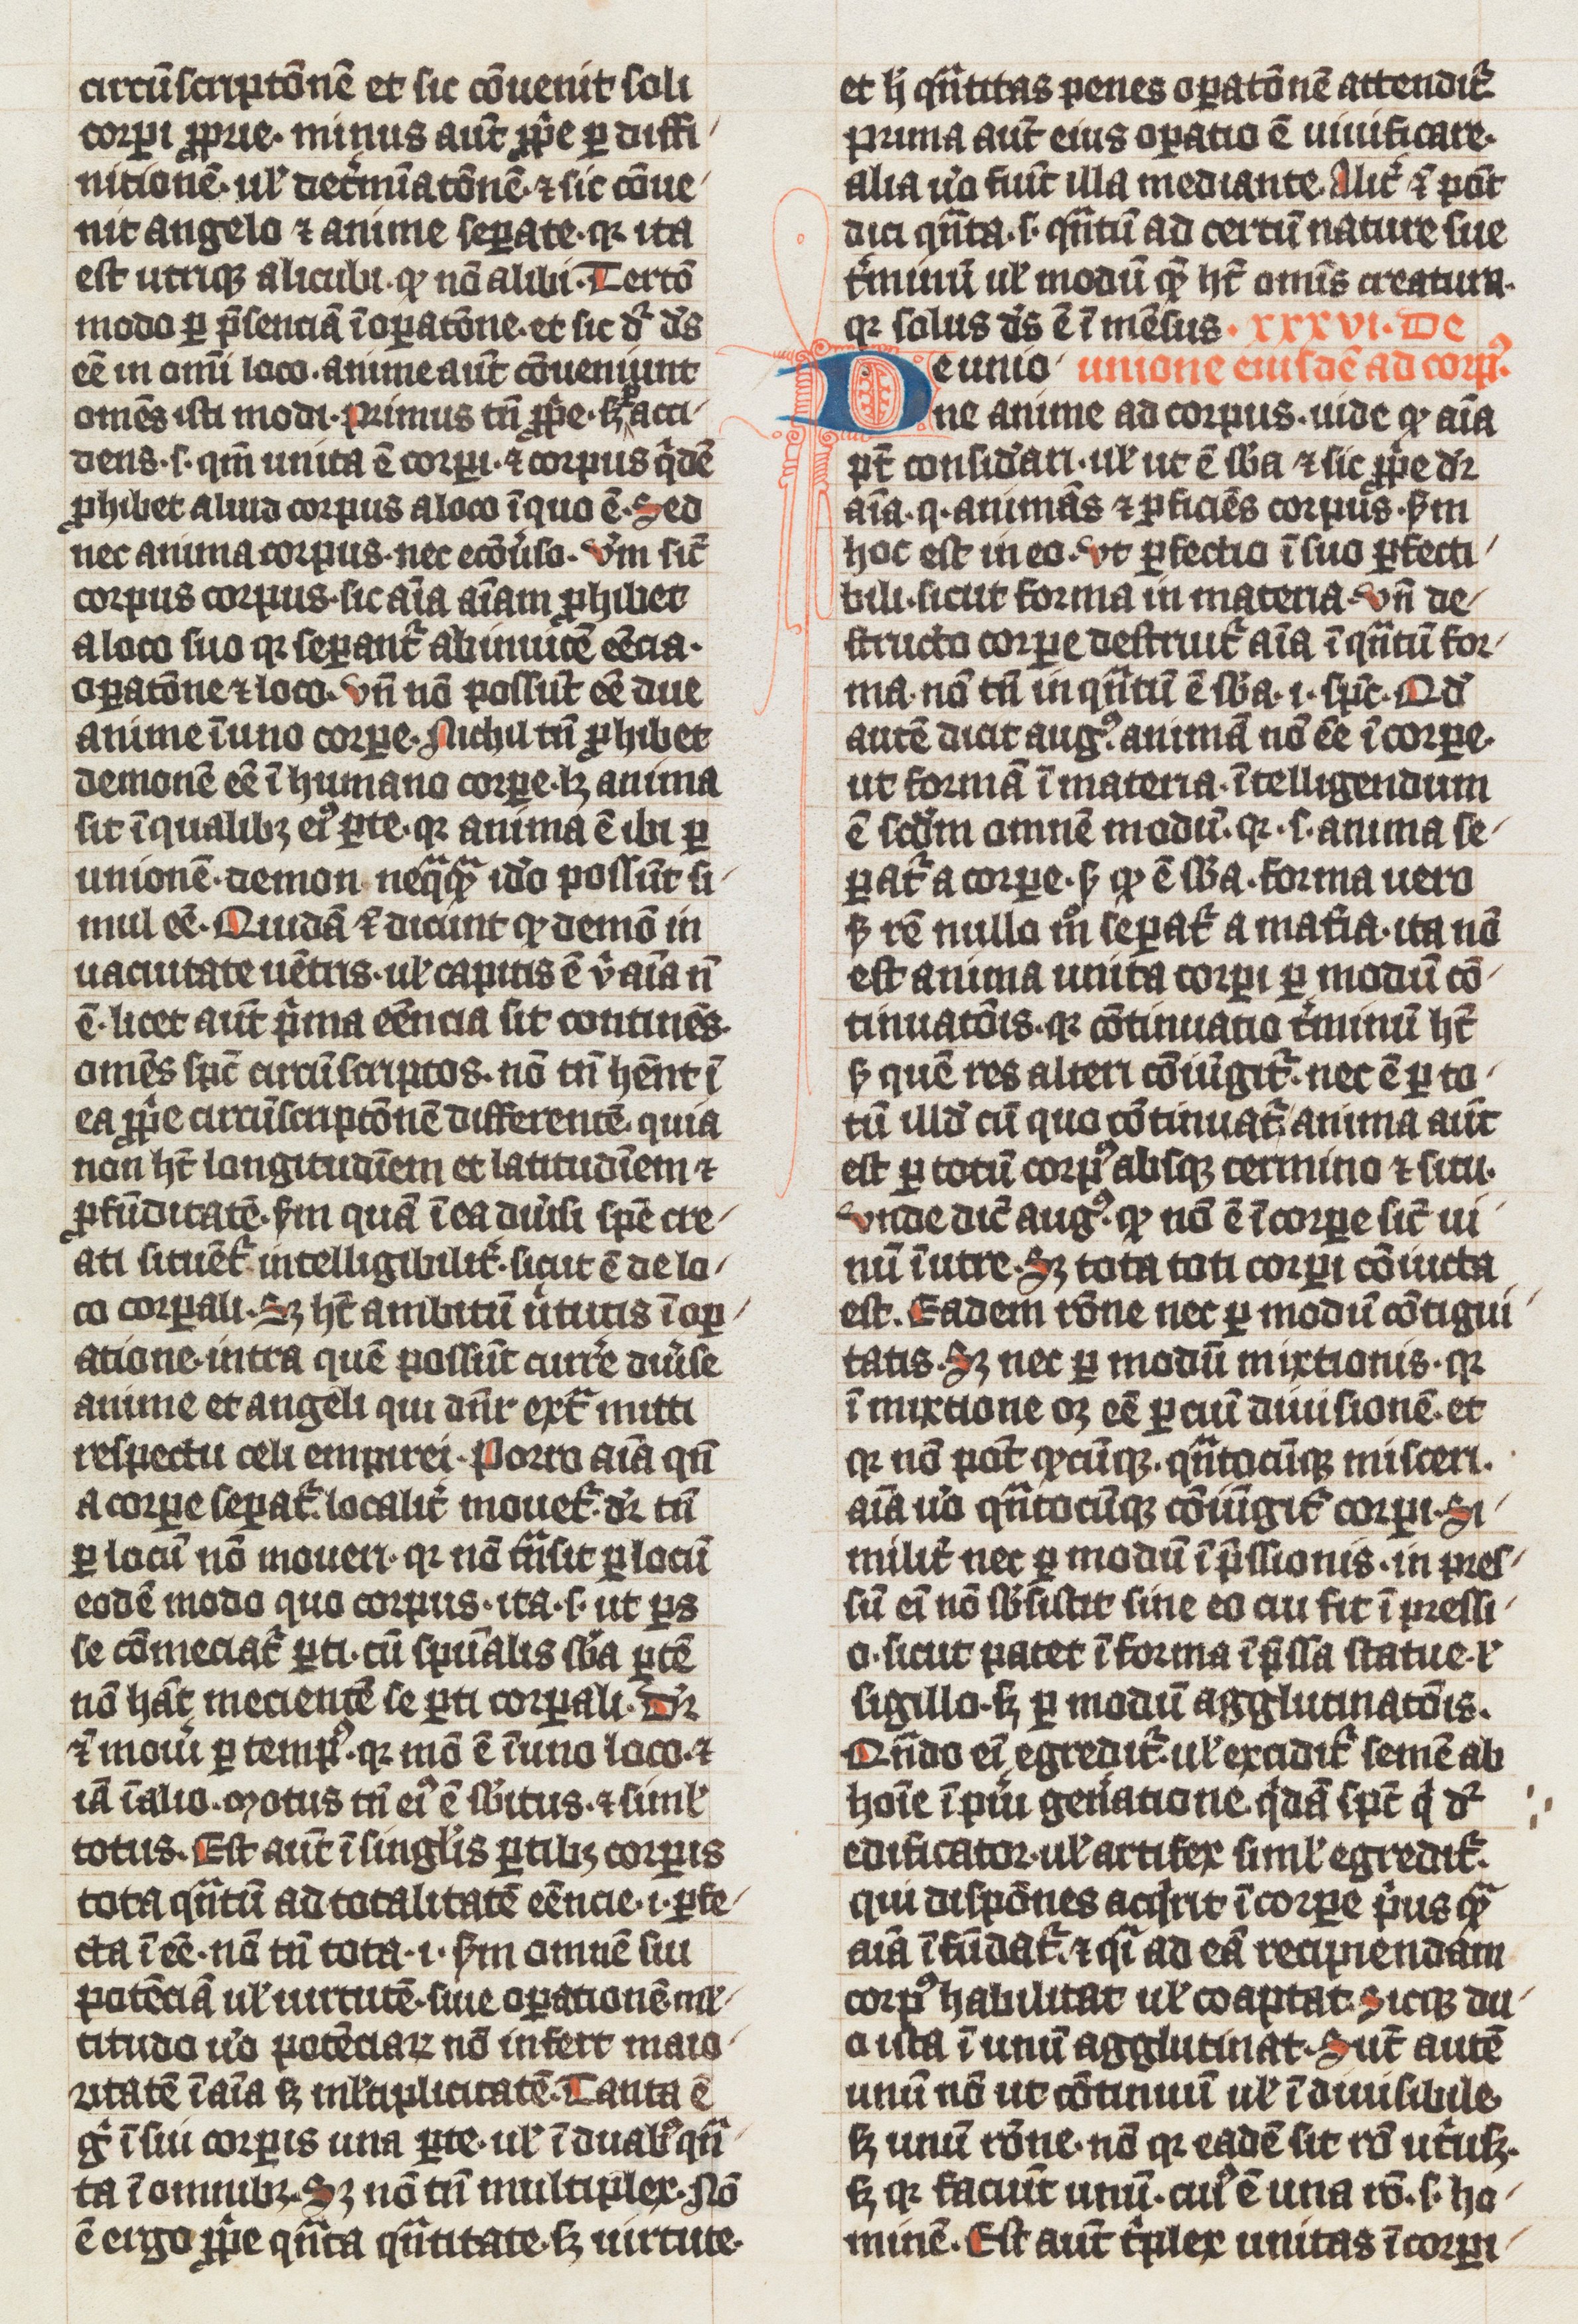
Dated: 1338–1338